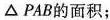
\Delta PAB的面积；